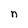
Character: n